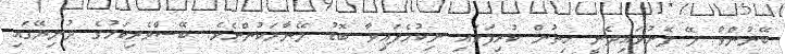
ބޭނުންވާ ލޭ ފޮނުވައިދެނީ ހިތުން ކުރިފަޅައި ނިކުމެފައިވާ ބޮޑު ލޭނާރަކުންނެވެ. ބޭސްވެރިކަމުގެ ދުނިޔޭގައި